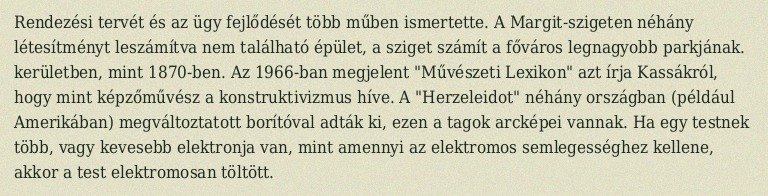
Rendezési tervét és az ügy fejlődését több műben ismertette. A Margit-szigeten néhány létesítményt leszámítva nem található épület, a sziget számít a főváros legnagyobb parkjának. kerületben, mint 1870-ben. Az 1966-ban megjelent "Művészeti Lexikon" azt írja Kassákról, hogy mint képzőművész a konstruktivizmus híve. A "Herzeleidot" néhány országban (például Amerikában) megváltoztatott borítóval adták ki, ezen a tagok arcképei vannak. Ha egy testnek több, vagy kevesebb elektronja van, mint amennyi az elektromos semlegességhez kellene, akkor a test elektromosan töltött.